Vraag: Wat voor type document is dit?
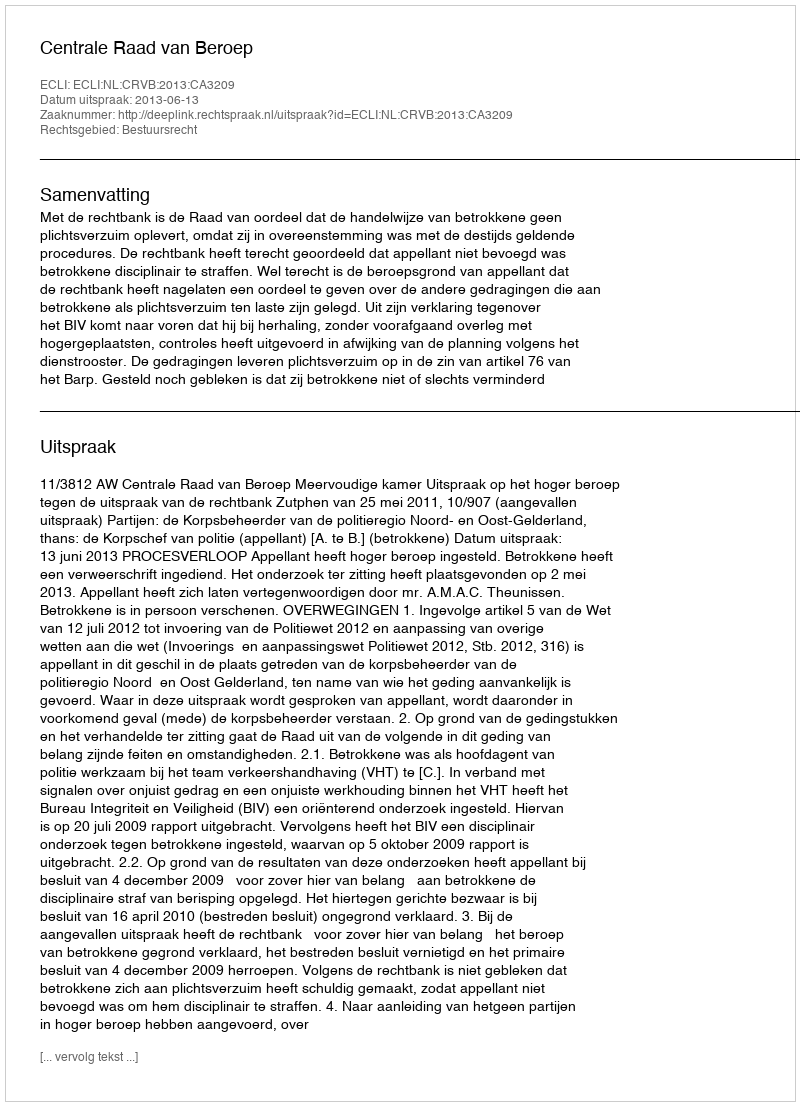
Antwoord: Uitspraak